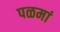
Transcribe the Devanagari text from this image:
पळमां